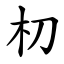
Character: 朷